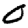
Digit: 0